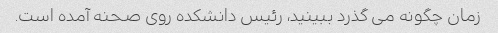
زمان چگونه می گذرد ببینید، رئیس دانشکده روی صحنه آمده است.